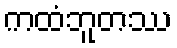
ကထံဘူတဿ